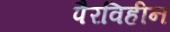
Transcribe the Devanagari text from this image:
पैरविहीन